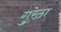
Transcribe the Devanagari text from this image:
गुरेठा